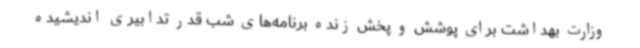
وزارت بهداشت برای پوشش و پخش زنده برنامه‌های شب قدر تدابیری اندیشیده